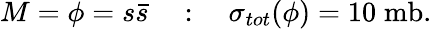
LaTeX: M=\phi=s\bar{s}\quad:\quad\sigma_{tot}(\phi)=10\; \mathrm{mb}.